38_143685_box7_Incident_Summaries_1-100
Agency: Department of War
Page 121
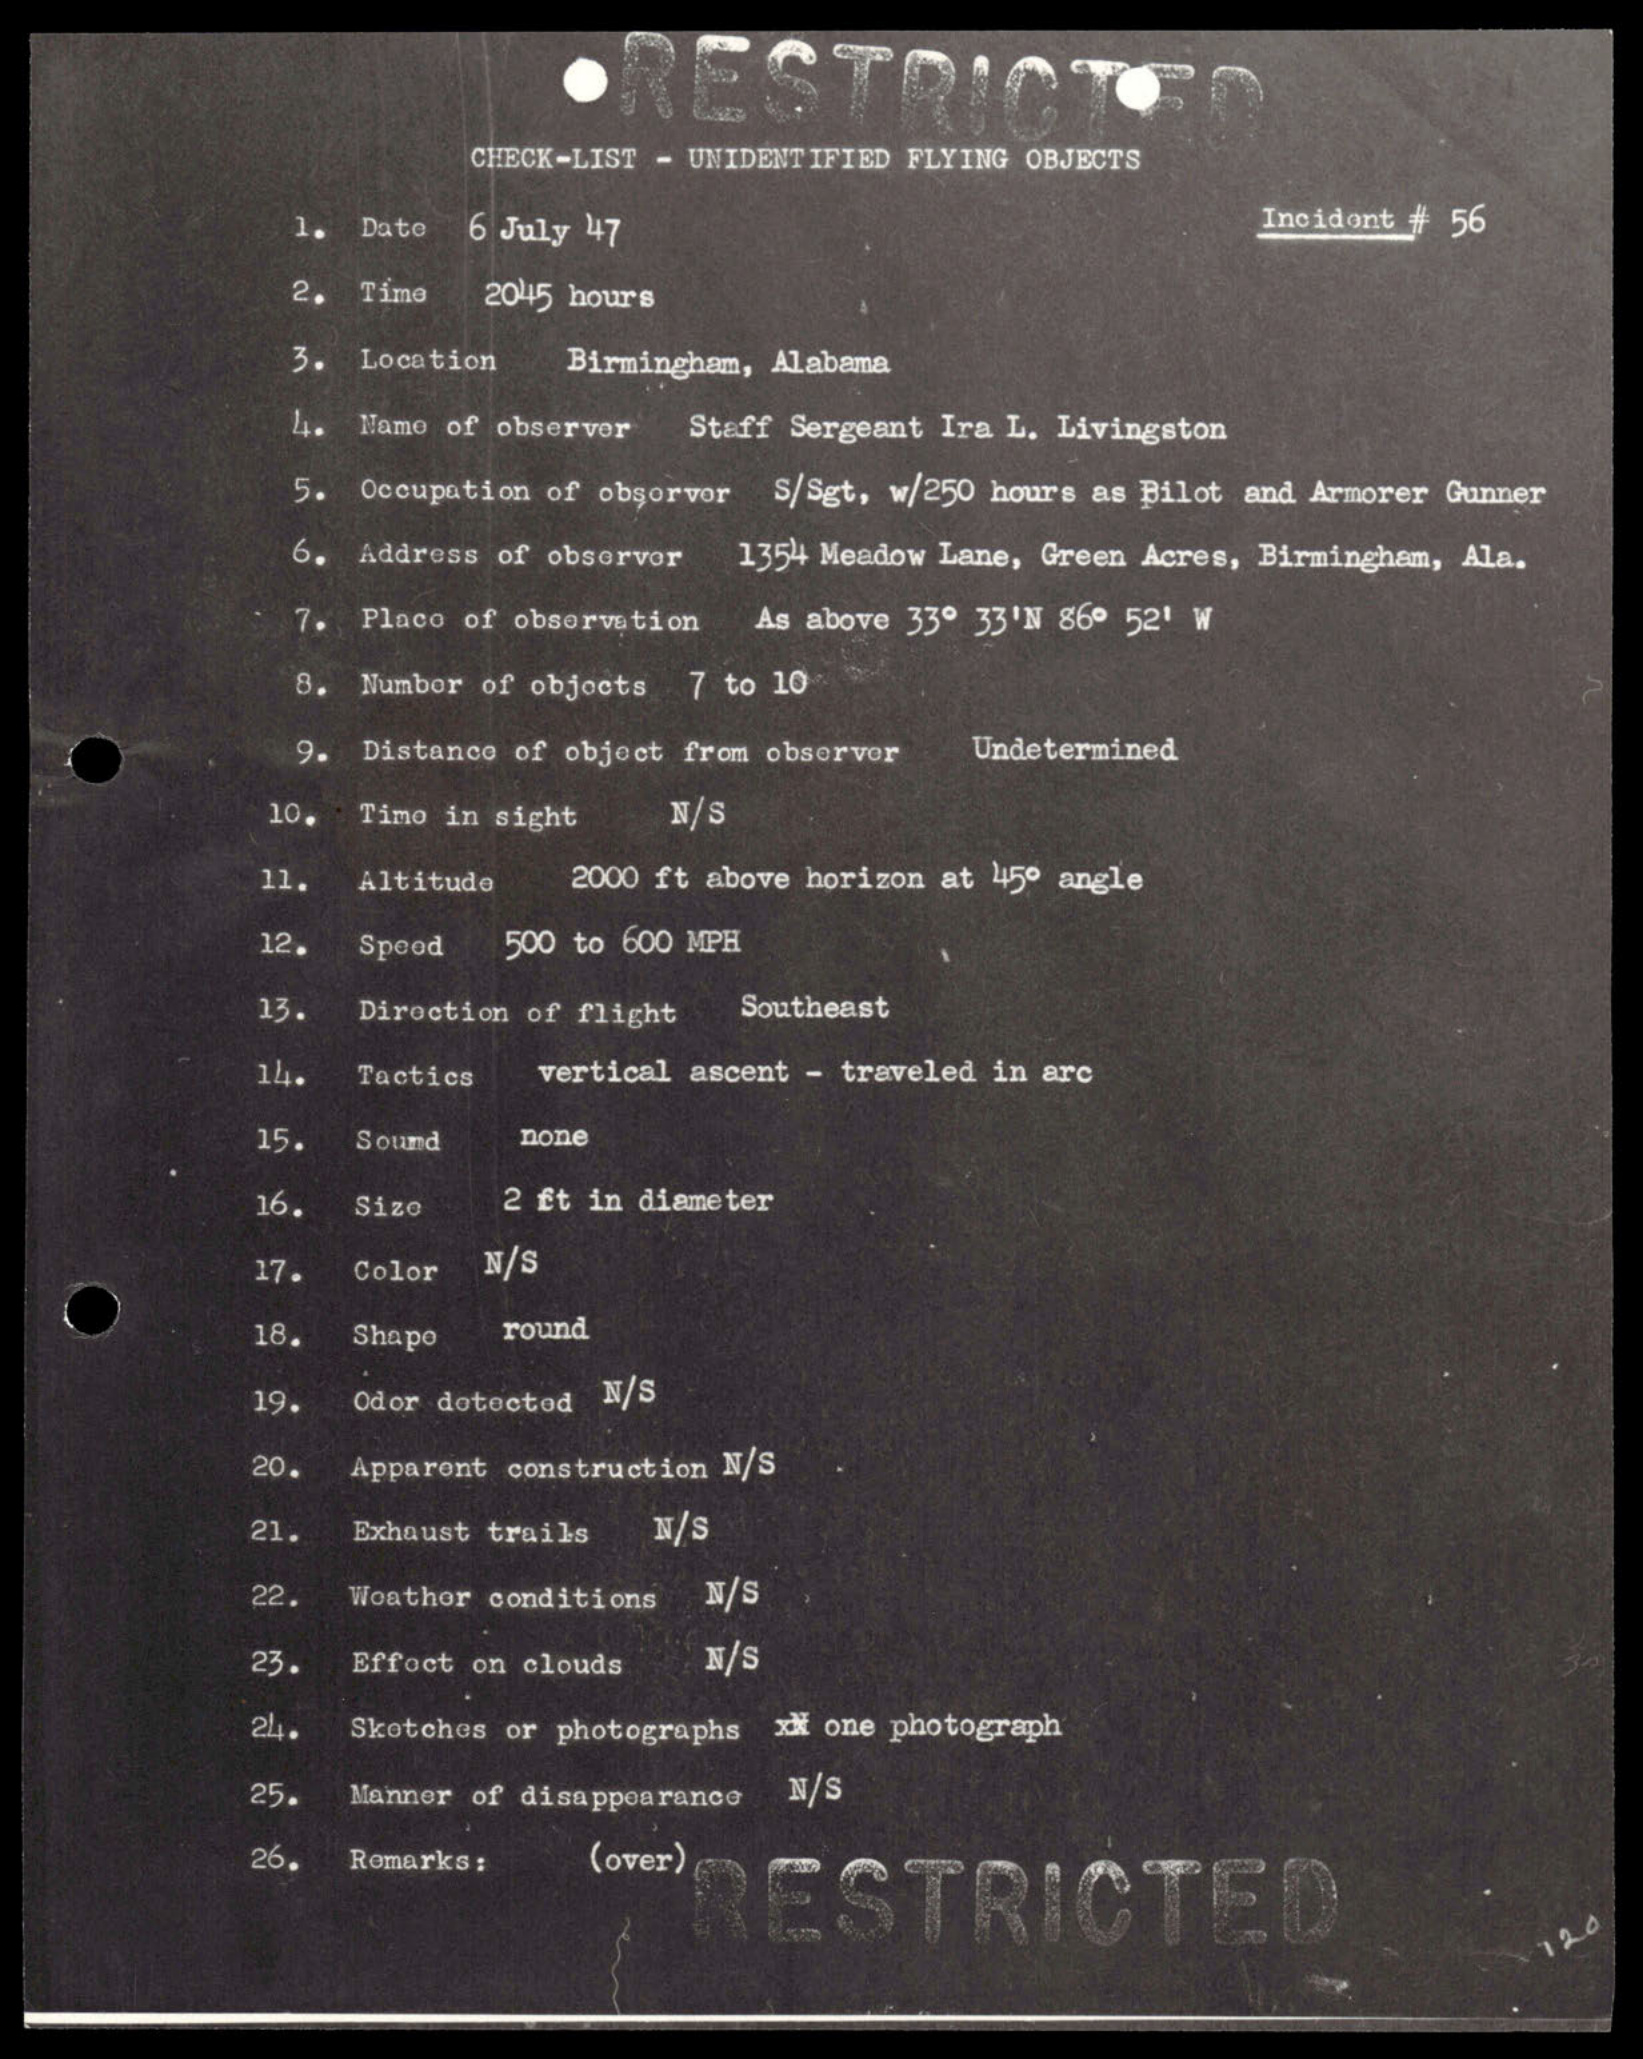